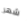
شهر